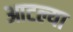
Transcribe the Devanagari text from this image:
आटल्या